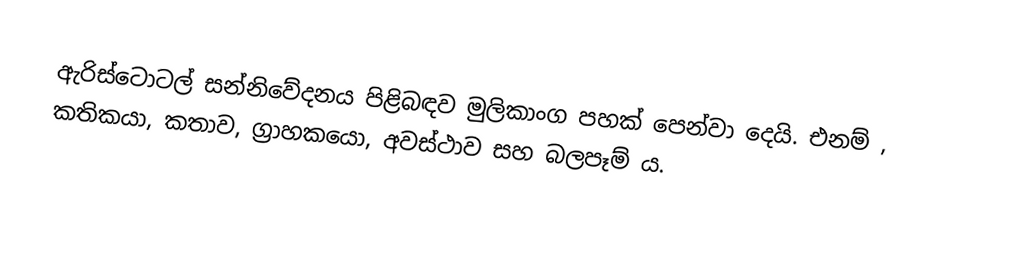
ඇරිස්ටොටල් සන්නිවේදනය පිළිබඳව මුලිකාංග පහක් පෙන්වා දෙයි. එනම් , කතිකයා, කතාව, ග්‍රාහකයො, අවස්ථාව සහ බලපෑම් ය.